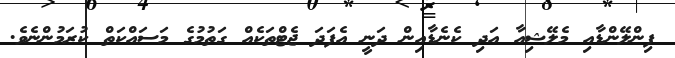
ފިންލޭންޑާއި މެލޭޝިއާ އަދި ކެނެޑާއިން ދަނީ އެފަދަ ޖެޓްތަކެއް ގަތުމުގެ މަސައްކަތް ކުރަމުންނެވެ.